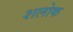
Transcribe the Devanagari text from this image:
शलोक